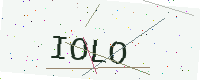
Text: IOLO